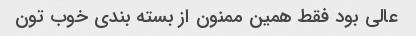
عالی بود فقط همین ممنون از بسته بندی خوب تون